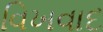
વિખવાદ